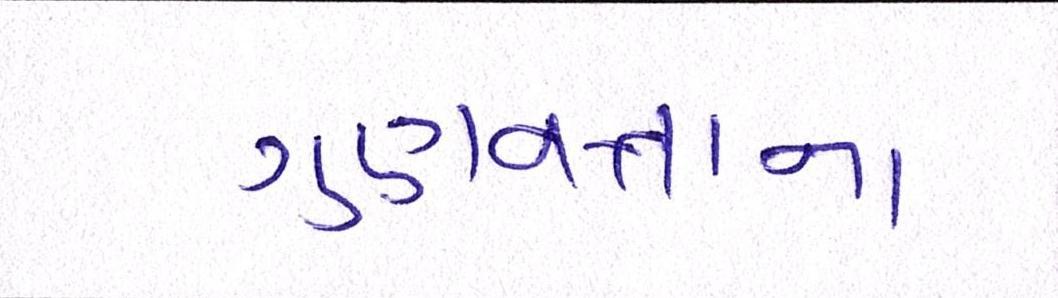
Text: ગુણવત્તાના